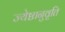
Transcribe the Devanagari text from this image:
ज्येष्ठानुवृति